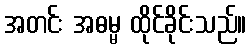
အတင်း အဓမ္မ ထိုင်ခိုင်းသည်။